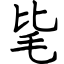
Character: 毞